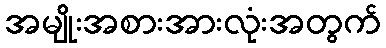
အမျိုးအစားအားလုံးအတွက်